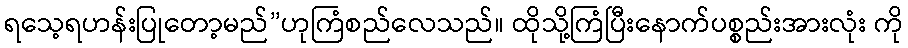
ရသေ့ရဟန်းပြုတော့မည်”ဟုကြံစည်လေသည်။ ထိုသို့ကြံပြီးနောက်ပစ္စည်းအားလုံး ကို